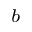
^ { b }